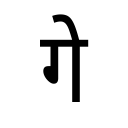
OCR:
गे